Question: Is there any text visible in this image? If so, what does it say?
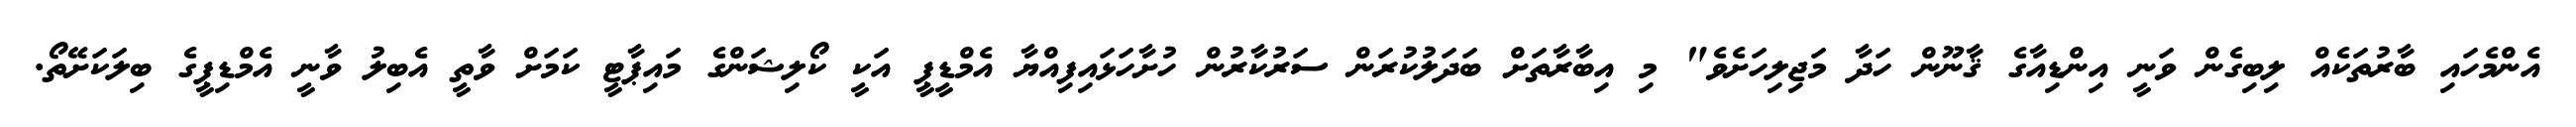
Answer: އެންމެހައި ބާރުތަކެއް ލިބިގެން ވަނީ އިންޑިއާގެ ޤާނޫން ހަދާ މަޖިލިހަށެވެ" މި އިބާރާތަށް ބަދަލުކުރަން ސަރުކާރުން ހުށާހަޅައިފިއްޔާ އެމްޑީޕީ އަކީ ކޯލިޝަންގެ މައިޕާޓީ ކަމަށް ވާތީ އެބިލު ވާނީ އެމްޑިޕީގެ ބިލަކަށޭތޯ.